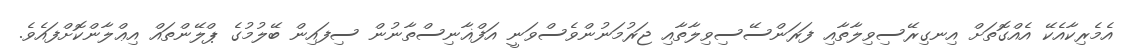
އެެމެރިކާއެކޭ އެއްގޮތަށް އިނގިރޭސިވިލާތާއި ފަރަންސޭސިވިލާތާއި ޖަރުމަނުންވެސްވަނީ އަފްޣާނިސްތާނުން ސިފައިން ބޭލުމުގެ ޕްލޭންތައް އިޢްލާންކޮށްފައެވެ.